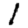
Digit: 1